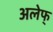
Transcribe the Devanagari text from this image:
अलेफ्